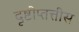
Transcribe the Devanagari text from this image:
दृष्टोप्तत्तीस